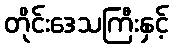
တိုင်းဒေသကြီးနှင့်